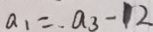
a _ { 1 } = a _ { 3 } - 1 2